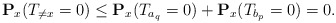
\begin{align*}\mathbf{P}_x(T_{\neq x}=0)\leq \mathbf{P}_x(T_{a_q}=0)+\mathbf{P}_x(T_{b_p}=0)=0. \end{align*}